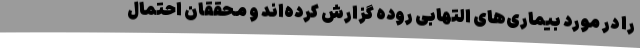
را در مورد بیماری‌های التهابی روده گزارش کرده‌اند و محققان احتمال